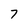
Character: 7